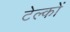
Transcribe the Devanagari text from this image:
टेल्कों